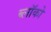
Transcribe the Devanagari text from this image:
ब्लॉको